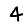
Digit: 4